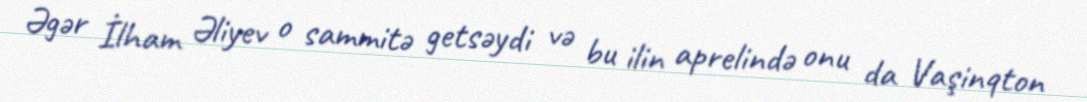
Əgər İlham Əliyev o sammitə getsəydi və bu ilin aprelində onu da Vaşinqton